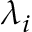
\lambda _ { i }